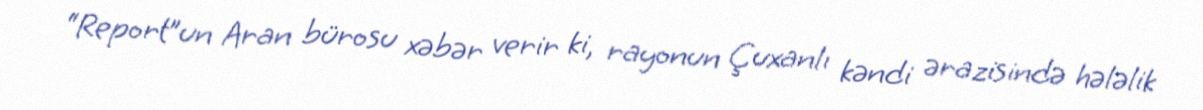
“Report”un Aran bürosu xəbər verir ki, rayonun Çuxanlı kəndi ərazisində hələlik